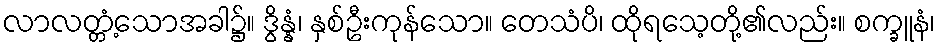
လာလတ္တံ့သောအခါ၌။ ဒွိန္နံ၊ နှစ်ဦးကုန်သော။ တေသံပိ၊ ထိုရသေ့တို့၏လည်း။ စက္ခူနံ၊